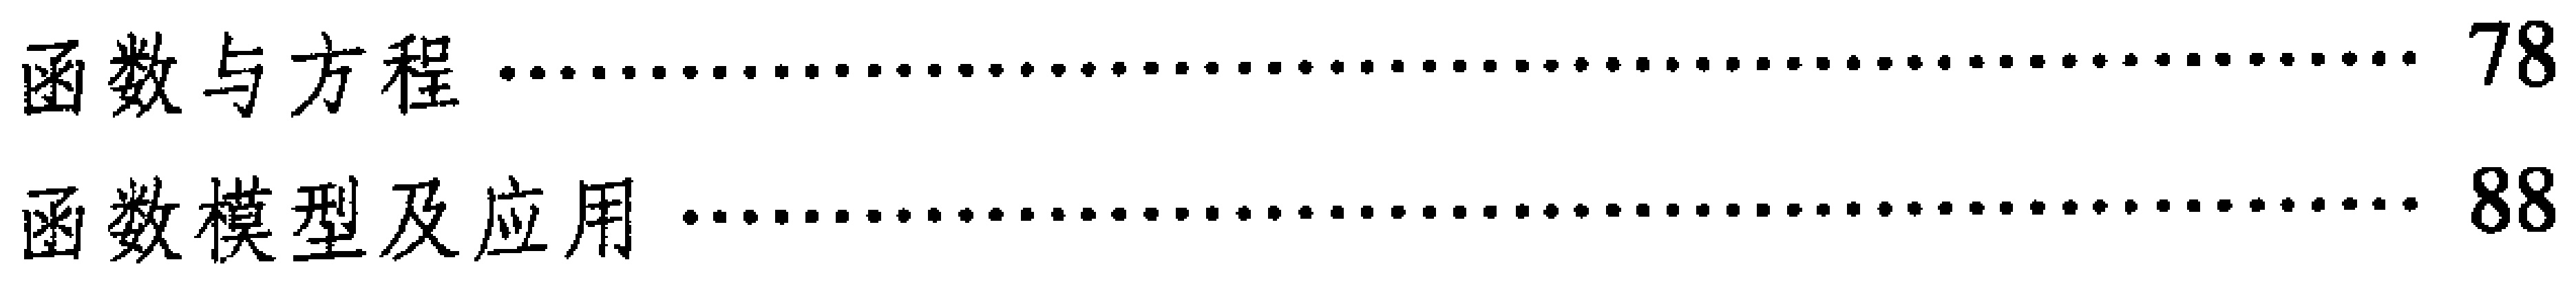
\begin{enumerate}
\item 函数与方程 \hfill 78
\item 函数模型及应用 \hfill 88
\end{enumerate}